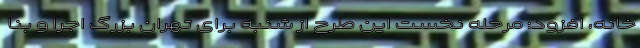
خانه، افزود: مرحله نخست این طرح از شنبه برای تهران بزرگ اجرا و بنا